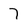
Character: 7